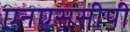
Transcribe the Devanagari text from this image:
एनएससीपी